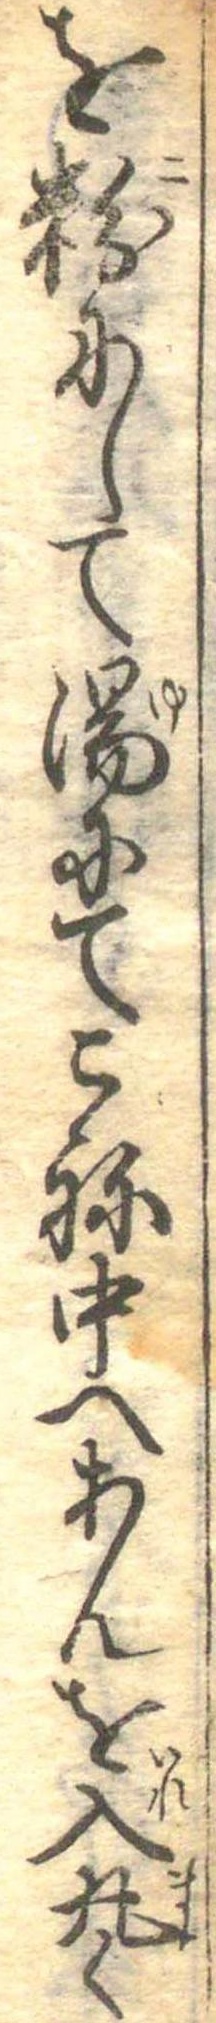
を粉にして湯にてこね中へあんを入丸く